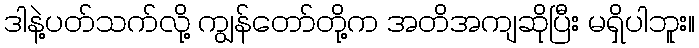
ဒါနဲ့ပတ်သက်လို့ ကျွန်တော်တို့က အတိအကျဆိုပြီး မရှိပါဘူး။